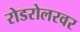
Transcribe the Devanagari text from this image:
रोडरोलरवर